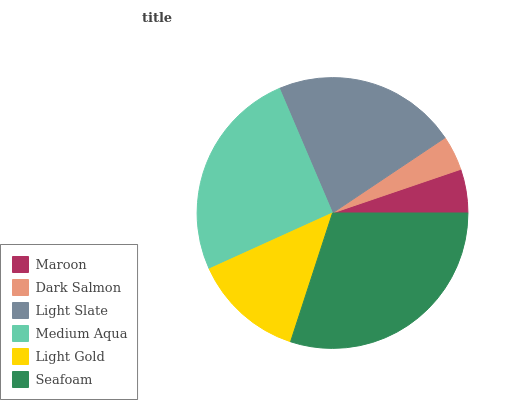
| Maroon | Dark Salmon | Light Slate | Medium Aqua | Light Gold | Seafoam |
 | --- | --- | --- | --- | --- | --- |
 | 5.22% | 4.16% | 22% | 25.3% | 13.2% | 30.1% |